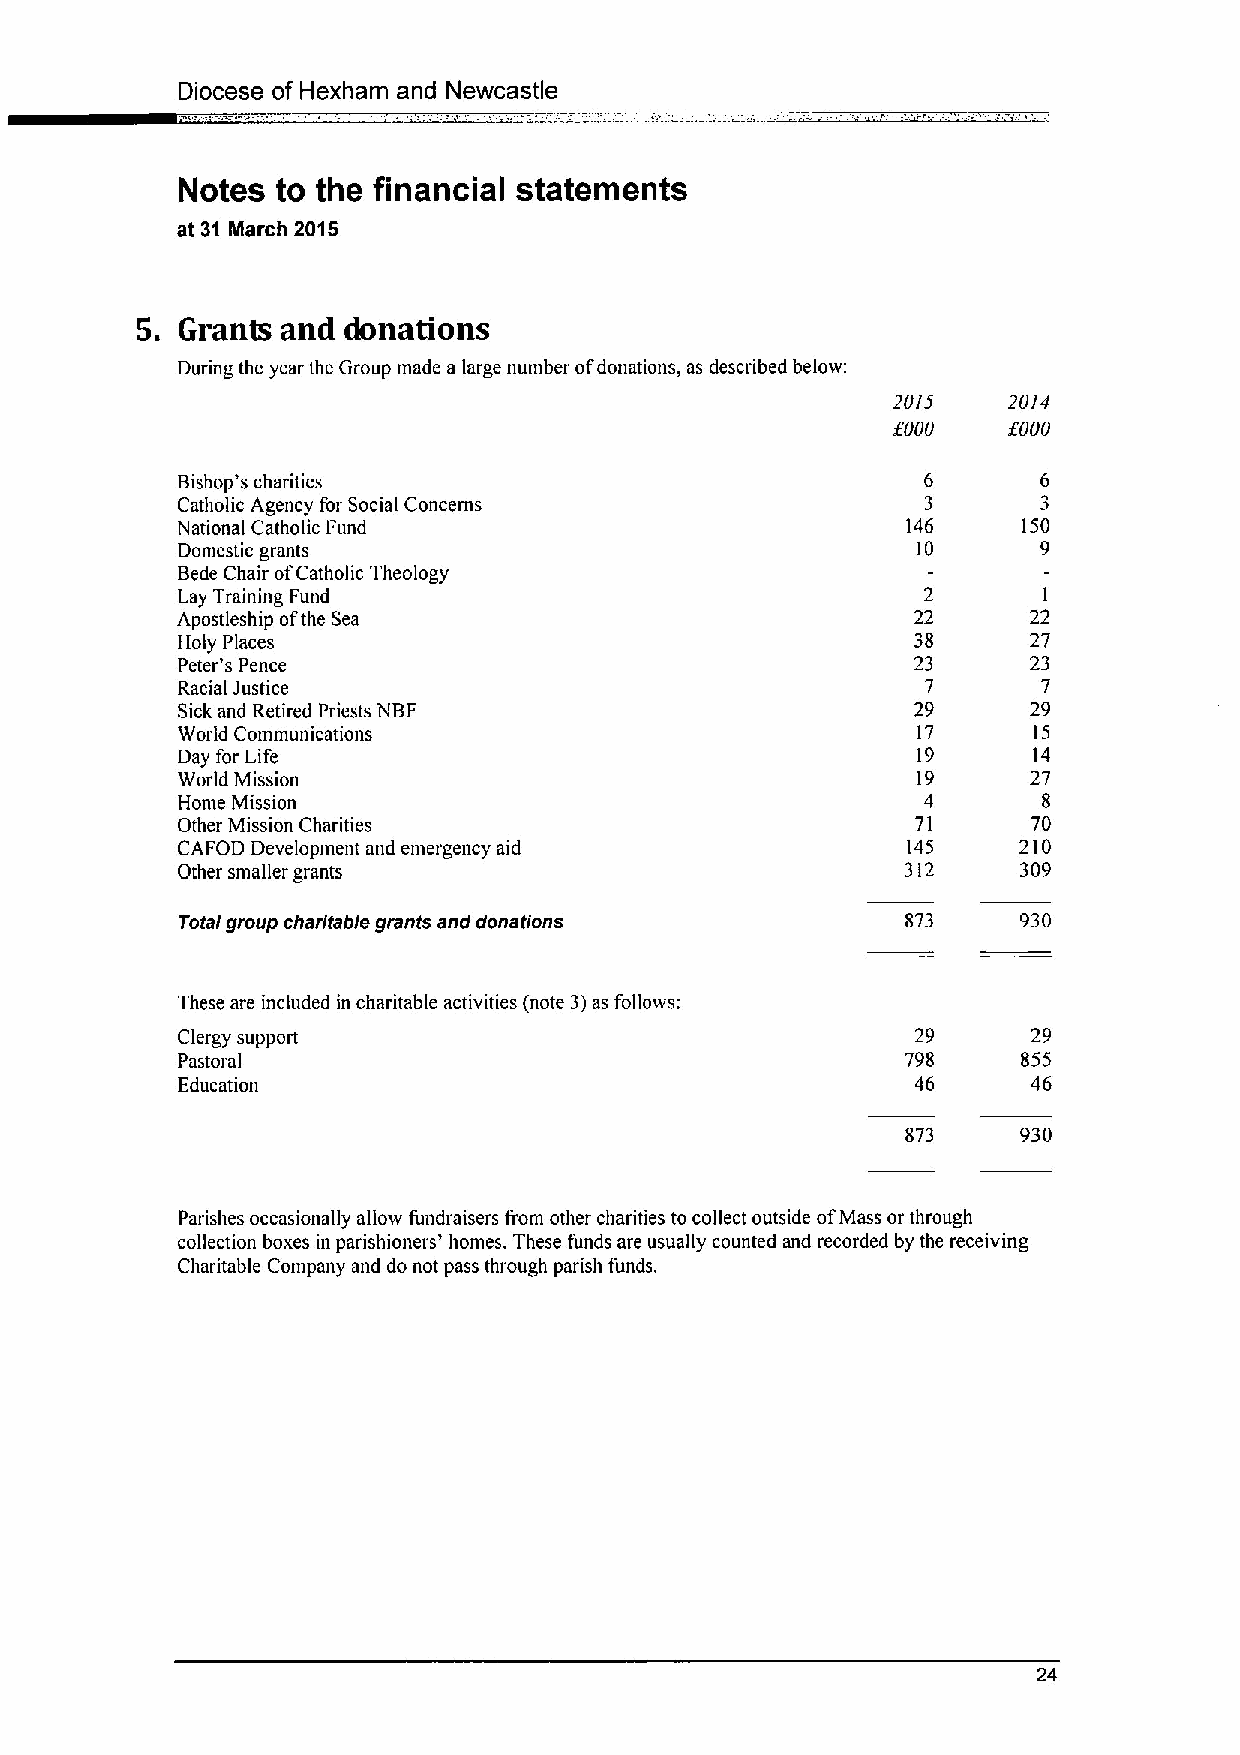
Diocese of Hexham and Newcastle
 Notes to the financial statements
 at 31 March 2015
 5. Grants and donations
 During the year the Group made a large number ofdonations, as described below:
 20/5    20/4
 /OOO    $000
 Bishop's charities                               6       6
 Catholic Agency for Social Concerns              3       3
 National Catholic Fund                          146     150
 Domestic grants                                  10      9
 Bede Chair ofCatholic Theology
 Lay Training Fund                                2       1
 Apostleship ofthe Sea                            22     22
 Holy Places                                      38     27
 Peter's Pence                                    23     23
 Racial Justice                                   7       7
 Sick and Retired Priests NBF                     29     29
 World Communications                             17     15
 Day for Life                                     19     14
 World Mission                                    19     27
 Home Mission                                     4       8
 Other Mission Charities                          71     70
 CAFOD Development and emergency aid             145    210
 Other smaller grants                            312    309
 Total group charitable grants and donations     873     930
 These are included in charitable activities (note 3)as follows:
 Clergy support                                   29     29
 Pastoral                                        798     855
 Education                                        46     46
 873     930
 Parishes occasionally allow fundraisers from other charities to collect outside ofMass or through
 collection boxes in parishioners' homes. These funds are usually counted and recorded by the receiving
 Charitable Company and do not pass through parish funds.
 24